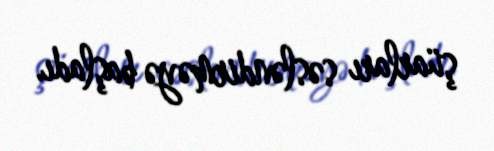
şüarları səsləndirməyə başladı.